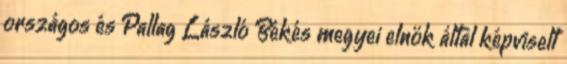
országos és Pallag László Békés megyei elnök által képviselt